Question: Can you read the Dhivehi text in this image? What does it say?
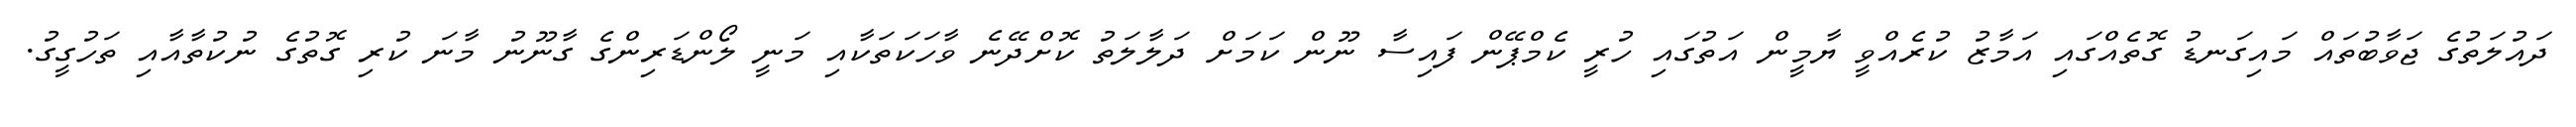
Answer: ދައުލަތުގެ ޖަވާބުތައް މައިގަނޑު ގޮތެއްގައި އަމާޒު ކުރެއްވީ ޔާމީން އަތުގައި ހުރީ ކެމްޕޭން ފައިސާ ނޫން ކަމަށް ދަލާލަތު ކޮށްދޭނެ ވާހަކަތަކާއި މަނީ ލޯންޑަރިންގެ ގާނޫނު މާނަ ކުރި ގޮތުގެ ނުކުތާއާއި ތަހުގީގު.